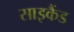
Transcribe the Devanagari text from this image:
साइकैंड